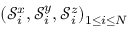
( \mathcal { S } _ { i } ^ { x } , \mathcal { S } _ { i } ^ { y } , \mathcal { S } _ { i } ^ { z } ) _ { 1 \leq i \leq N }